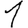
Digit: 1